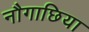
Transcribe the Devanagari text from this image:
नौगाछिया